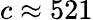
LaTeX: c\approx 521